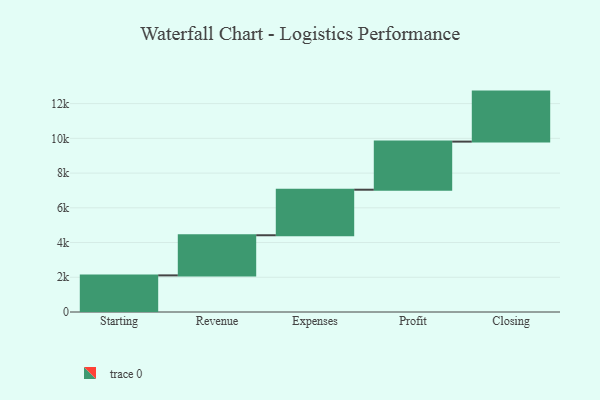
{"axis": {"x": "Step", "y": "Value"}, "legend": [""], "data": [{"x": "Starting", "y": 2109.0, "type": ""}, {"x": "Revenue", "y": 2311.0, "type": ""}, {"x": "Expenses", "y": 2622.0, "type": ""}, {"x": "Profit", "y": 2770.0, "type": ""}, {"x": "Closing", "y": 2880.0, "type": ""}]}